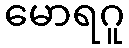
မောရဂူ